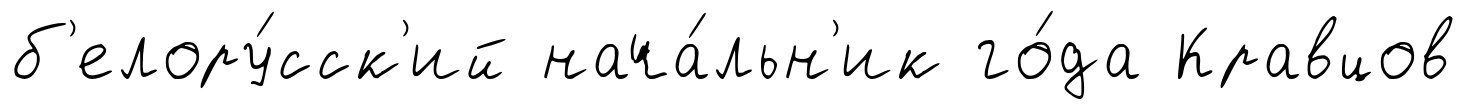
б'елору́сск'ий нача́льн'ик го́да Кравцов